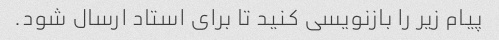
پیام زیر را بازنویسی کنید تا برای استاد ارسال شود.